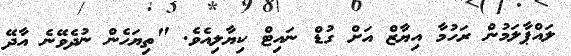
ލައްޕާލަމުން ރަހުމާ އިޔާޒް އަށް ގުޑް ނައިޓް ކިޔާލިއެވެ. "ތިޔަހެން ނުދެވޭނެ އާދޭ